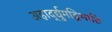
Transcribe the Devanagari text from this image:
अहार्द्द्युमद्विभाति